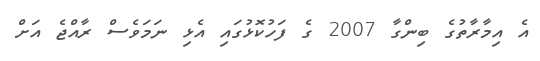
އެ އިމާރާތުގެ ބިންގާ 2007 ގެ ފަހުކޮޅުގައި އެޅި ނަމަވެސް ރާއްޖެ އަށް